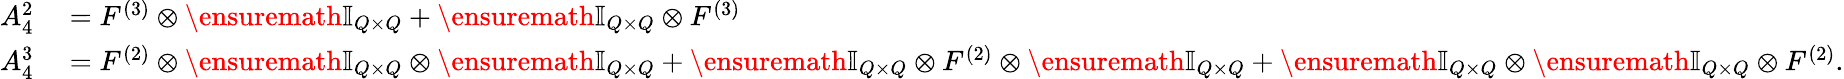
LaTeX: \begin{array}{rl}{A_{4}^{2}}&{{}=F^{(3)}\otimes\ensuremath{\mathbb{I}_{Q\times Q}}+\ensuremath{\mathbb{I}_{Q\times Q}}\otimes F^{(3)}}\\ {A_{4}^{3}}&{{}=F^{(2)}\otimes\ensuremath{\mathbb{I}_{Q\times Q}}\otimes\ensuremath{\mathbb{I}_{Q\times Q}}+\ensuremath{\mathbb{I}_{Q\times Q}}\otimes F^{(2)}\otimes\ensuremath{\mathbb{I}_{Q\times Q}}+\ensuremath{\mathbb{I}_{Q\times Q}}\otimes\ensuremath{\mathbb{I}_{Q\times Q}}\otimes F^{(2)}.}\end{array}